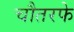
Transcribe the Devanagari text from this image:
चौतरफे